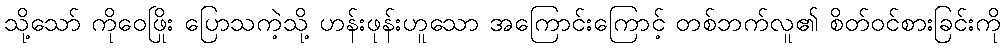
သို့သော် ကိုဝေဖြိုး ပြောသကဲ့သို့ ဟန်းဖုန်းဟူသော အကြောင်းကြောင့် တစ်ဘက်လူ၏ စိတ်ဝင်စားခြင်းကို